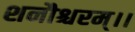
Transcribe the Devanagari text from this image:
शनौश्चरम्।।